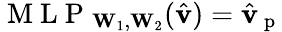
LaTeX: \mathrm{~M~L~P~}_{\mathbf{W}_{1},\mathbf{W}_{2}}(\hat{\mathbf{v}})=\hat{\mathbf{v}}_{\mathrm{~p~}}